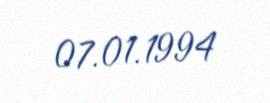
07.01.1994